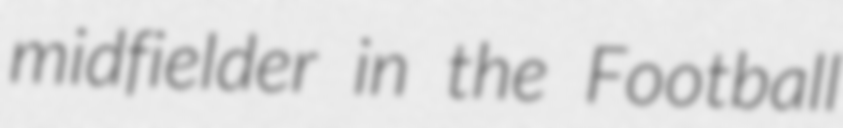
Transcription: midfielder in the Football